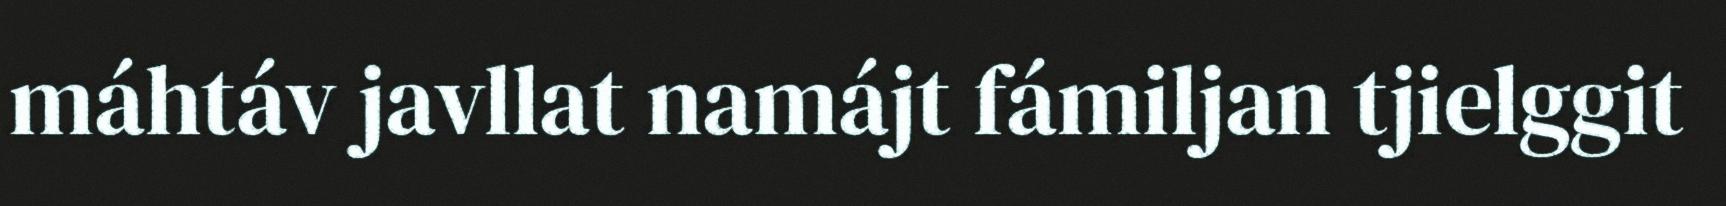
máhtáv javllat namájt fámiljan tjielggit